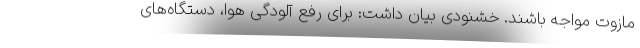
مازوت مواجه باشند. خشنودی بیان داشت: برای رفع آلودگی هوا، دستگاه‌های